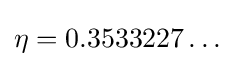
\eta =0.3533227\ldots